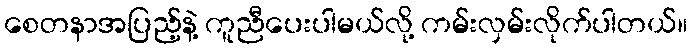
စေတနာအပြည့်နဲ့ ကူညီပေးပါမယ်လို့ ကမ်းလှမ်းလိုက်ပါတယ်။